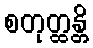
စတုတ္ထန္တိ